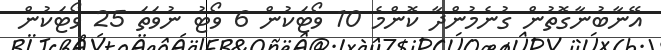
އޭނާބުނާގޮތުން ގުނެމުންދާ ކޮންމެ 10 ވޯޓަކުން 6 ވޯޓު ނުވަތަ 25 ވޯޓަކުން